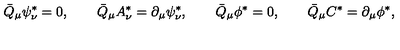
\bar { Q } _ { \mu } \psi _ { \nu } ^ { * } = 0 , \qquad \bar { Q } _ { \mu } A _ { \nu } ^ { * } = \partial _ { \mu } \psi _ { \nu } ^ { * } , \qquad \bar { Q } _ { \mu } \phi ^ { * } = 0 , \qquad \bar { Q } _ { \mu } C ^ { * } = \partial _ { \mu } \phi ^ { * } ,